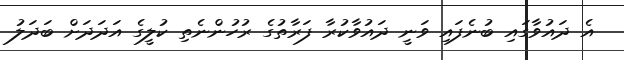
އެ ދައުވާގައި ބުނެފައި ވަނީ ދައުވާކުރާ ފަރާތުގެ ރުހުންނެތި ކުލީގެ އަދަދަށް ބަދަލު